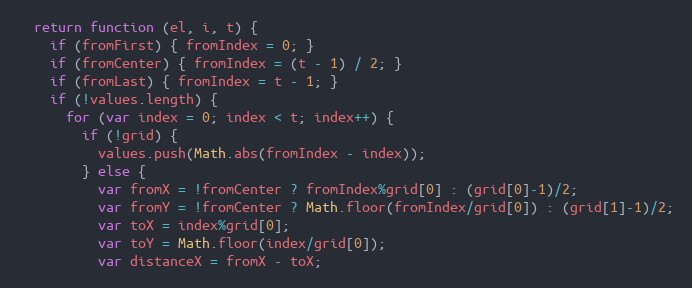
Language: JavaScript
  return function (el, i, t) {
    if (fromFirst) { fromIndex = 0; }
    if (fromCenter) { fromIndex = (t - 1) / 2; }
    if (fromLast) { fromIndex = t - 1; }
    if (!values.length) {
      for (var index = 0; index < t; index++) {
        if (!grid) {
          values.push(Math.abs(fromIndex - index));
        } else {
          var fromX = !fromCenter ? fromIndex%grid[0] : (grid[0]-1)/2;
          var fromY = !fromCenter ? Math.floor(fromIndex/grid[0]) : (grid[1]-1)/2;
          var toX = index%grid[0];
          var toY = Math.floor(index/grid[0]);
          var distanceX = fromX - toX;